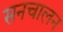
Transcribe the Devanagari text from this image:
सनचालन